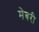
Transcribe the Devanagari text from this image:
मेबरी